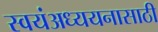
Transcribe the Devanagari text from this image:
स्वयंअध्ययनासाठी